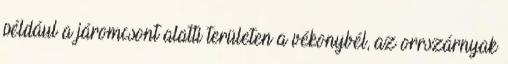
például a járomcsont alatti területen a vékonybél, az orrszárnyak